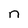
Character: n